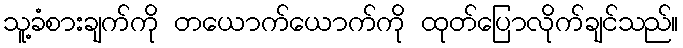
သူ့ခံစားချက်ကို တယောက်ယောက်ကို ထုတ်ပြောလိုက်ချင်သည်။